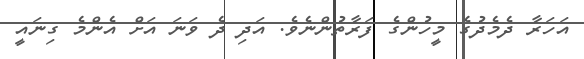
އަހަރާ ދެމެދުގެ މީހުންގެ ފަރާތުންނެވެ. އަދި ދެ ވަނަ އަށް އެންމެ ގިނައީ